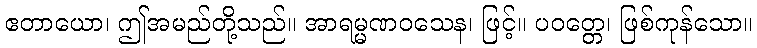
ဧတာယော၊ ဤအမည်တို့သည်။ အာရမ္မဏဝသေန၊ ဖြင့်။ ပဝတ္တေ၊ ဖြစ်ကုန်သော။